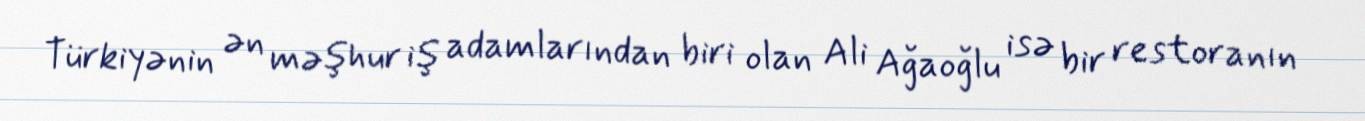
Türkiyənin ən məşhur iş adamlarından biri olan Ali Ağaoğlu isə bir restoranın